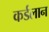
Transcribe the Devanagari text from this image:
कर्डलान